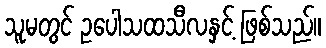
သူမတွင် ဥပေါသထသီလနှင့် ဖြစ်သည်။